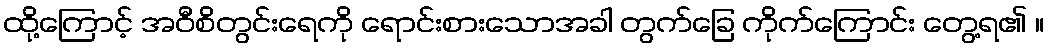
ထို့ကြောင့် အဝီစိတွင်းရေကို ရောင်းစားသောအခါ တွက်ခြေ ကိုက်ကြောင်း တွေ့ရ၏ ။